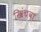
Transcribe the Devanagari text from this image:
खिंचवा